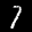
Label: 7